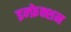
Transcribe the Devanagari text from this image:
इन्फ़ेक्शन